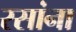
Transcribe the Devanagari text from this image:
रसांना